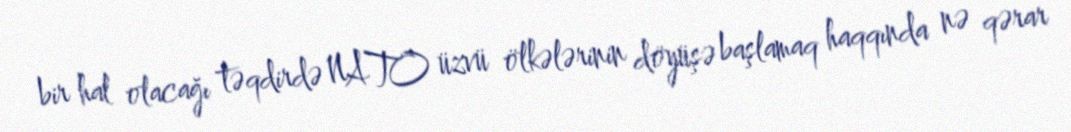
bir hal olacağı təqdirdə NATO üzvü ölkələrinin döyüşə başlamaq haqqında nə qərar